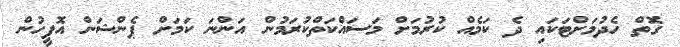
ގޮތް ހެދުމަށްޓަކައި ދެ ކަމެއް ކުރުމަށް މަސައްކަތްކުރަމުން އަންނަ ކަމަށް ޕެންޝަން އޮފީހުން